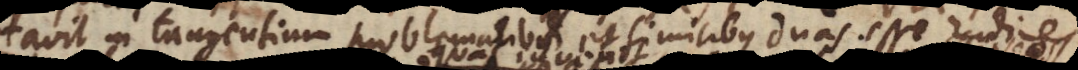
notavit in tangentium problematibus et similibus duas esse radices